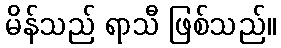
မိန်သည် ရာသီ ဖြစ်သည်။